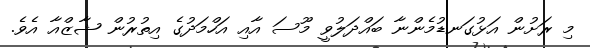
މި ރަށުން އަޅުގަނޑުމެންނާ ބައްދަލުވީ މޫސަ އާއި އަހްމަދުގެ އިތުރުން ޝާޒްއާ އެވެ.